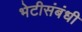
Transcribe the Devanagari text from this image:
भेटीसंबंधी